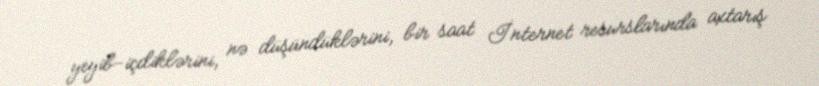
yeyib-içdiklərini, nə düşündüklərini, bir saat İnternet resurslarında axtarış